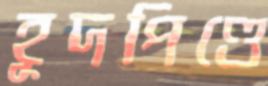
হূদপিণ্ডে